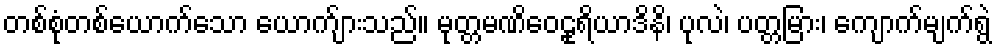
တစ်စုံတစ်ယောက်သော ယောက်ျားသည်။ မုတ္တမဏိဝေဠုရိယာဒိနိ၊ ပုလဲ၊ ပတ္တမြား၊ ကျောက်မျက်ရွဲ